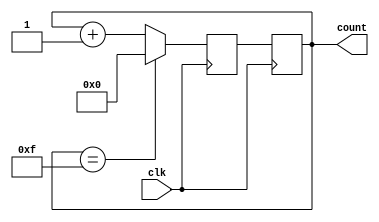
module binary_counter(
    input wire clk,
    output reg[3:0] count
);

reg[3:0] next_count;

always @(posedge clk) begin
    if(count == 4'b1111) begin
        next_count <= 4'b0000;
    end
    else begin
        next_count <= count + 1;
    end
end

always @(posedge clk) begin
    count <= next_count;
end

endmodule